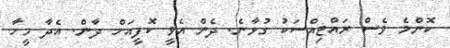
ކޮންމެ ވެސް ރައްޓިއްސަކު ގުޅާނެ. ދެން އެވީ ކޮފީއަށް ދާން. އެދާ މީހާ